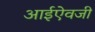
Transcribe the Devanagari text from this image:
आईऐवजी